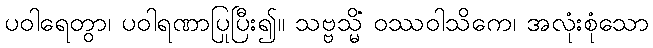
ပဝါရေတွာ၊ ပဝါရဏာပြုပြီး၍။ သဗ္ဗသ္မိံ ဝဿဝါသိကေ၊ အလုံးစုံသော